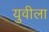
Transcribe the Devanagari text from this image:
युवीला